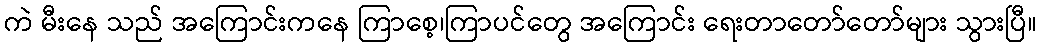
ကဲ မီးနေ သည် အကြောင်းကနေ ကြာစေ့၊ကြာပင်တွေ အကြောင်း ရေးတာတော်တော်များ သွားပြီ။